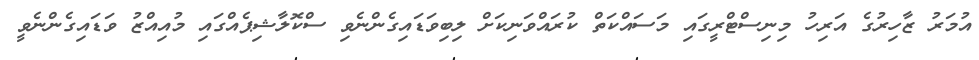
އުމަރު ޒާހިރުގެ އަރިހު މިނިސްޓްރީގައި މަސައްކަތް ކުރައްވަނިކަށް ލިބިވަޑައިގެންނެވި ސްކޮލާޝިޕެއްގައި މުއިއްޒު ވަޑައިގެންނެވީ